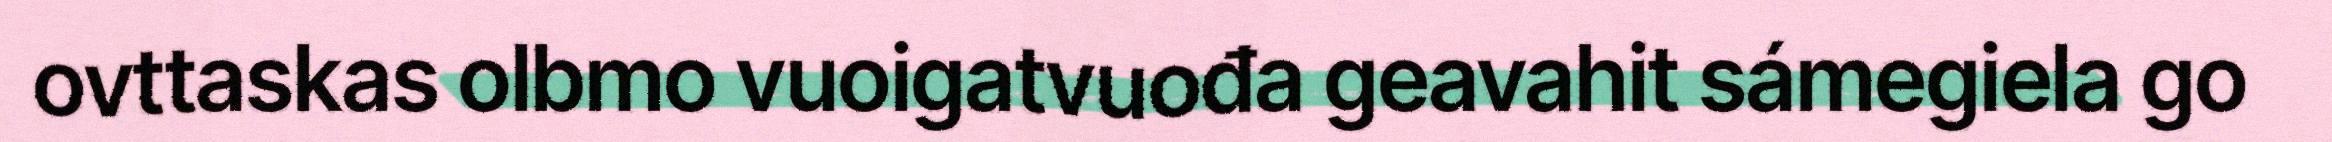
ovttaskas olbmo vuoigatvuođa geavahit sámegiela go